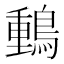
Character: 䳯